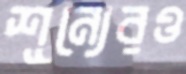
শূন্যেরও